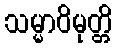
သမ္မာဝိမုတ္တိ